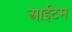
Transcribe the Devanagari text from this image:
आईटेम